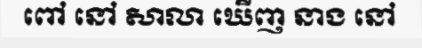
ពៅ នៅ សាលា ឃើញ នាង នៅ